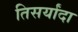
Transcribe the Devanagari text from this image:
तिसर्यांदा